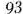
93